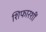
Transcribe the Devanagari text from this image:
शिफारशीं